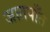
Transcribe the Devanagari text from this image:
जातपाँत